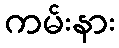
ကမ်းနား